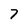
Character: 7